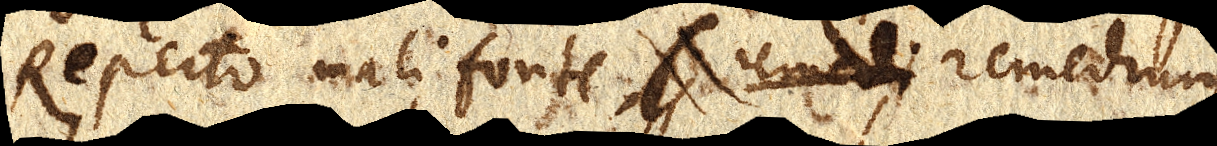
te. Reperto mali fonte, (remed remedium